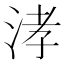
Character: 涍